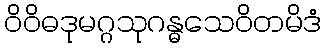
ဝိဝိဓဒုမဂ္ဂသုဂန္ဓသေဝိတမိဒံ